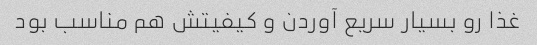
غذا رو بسیار سریع آوردن و کیفیتش هم مناسب بود